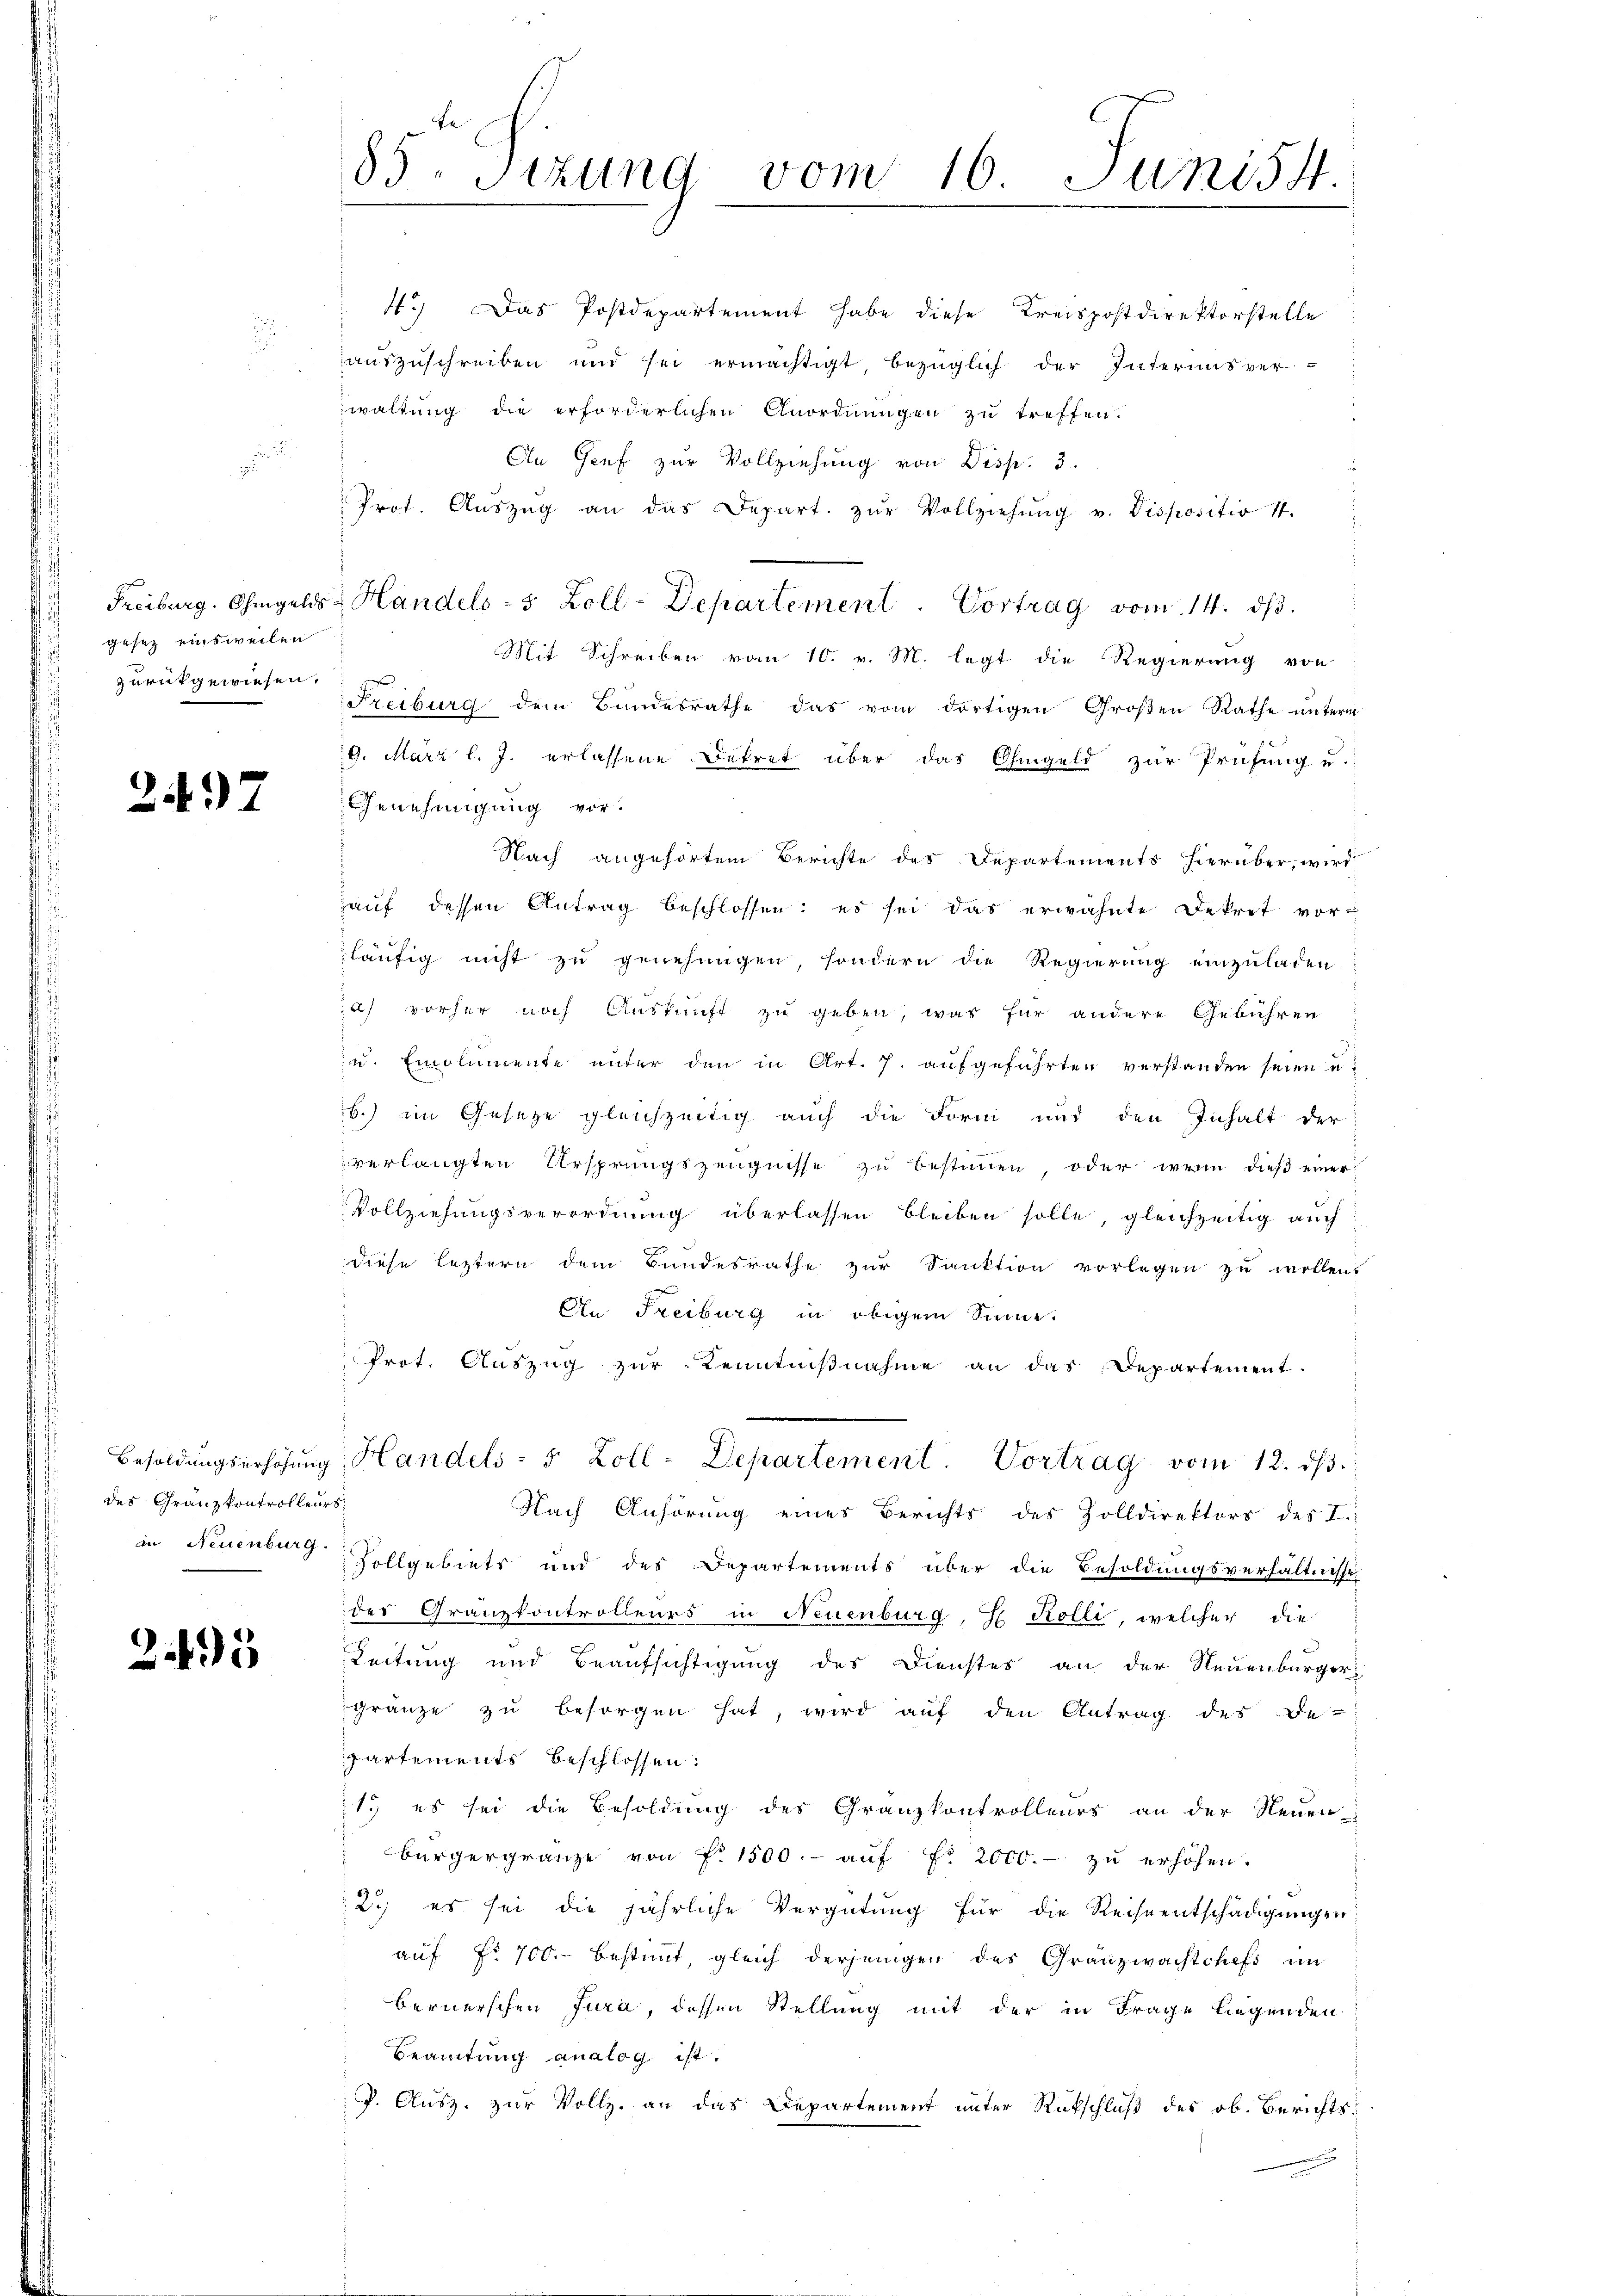
Freiburg. Ohmgelds
gesetz einsweilen
zurückgewiesen.

2497

des Granzkontrolleurs
in Neuenburg.

2.495

85. Sitzung vom 16. Juni 54.
e

4.) Das Postdepartement habe diese Kreispostdirektorstelle
auszuschreiben und sei ermächtigt, bezüglich der Interausver-
waltŭng die erforderlichen Anordnŭngen zŭ treffen.
An Genf zur Vollziehung von Disp. 3
Prot. Aŭszŭg an das Depart. zŭr Vollziehŭng v. Dispositiv 4.
 Handels- 5 Zoll-Departement. Vortrag vom 14. ds.
Mit Schreiben vom 10. v. M. legt die Regierung von
Freiburg dem Bundesrathe das vom dortigen Großen Rathe unterm
9. März l. J. erlassene Dekret über das Ohmgeld zur Prüfung u.
Genehmigung vor.
Nach angehörtem Berichte des Departements hierüber, wird
auf dessen Antrag beschlossen: es sei das erwähnte Dekret vorläufig nicht zu genehmigen, sondern die Regierung einzuladen
ah vorher noch Auskunft zu geben, was für andere Gebühren
zu. Emolumente unter den in Art. 7. aufgeführten verstanden seien u.
.) im Geseze gleichzeitig auch die Form und den Inhalt der
verlangten Ursprungszeugnisse zu bestimmen oder wenn dieß einer
Vollziehungsverordnung überlassen bleiben solle, gleichzeitig auch
diese leztern dem Bundesrathe zŭr Sanktion vorlegen zŭ wollen.
An Freiburg in obigem Sinne.
Prot. Auszug zur Kenntnißnahme an das Departement.
Besoldungserhöhung Handels- 5 Zoll-Departement. Vortrag vom 12. ds.
Nach Anhörung eines Berichts des Zolldirektors des I.
Vollgebiets und des Departements über die Besoldungsverhältnisse
des Granzkontrolleurs in Neuenburg, S. Kolle, welcher die
Leitung und Beaufsichtigung des Dienstes an der Neuenburger
gränze zu besorgen hat, wird auf den Antrag des De-
partements beschlossen:
1.) es sei die Besoldung des Granzkontrolleurs an der Neuen-
bürgergränze von Fr. 1500.- aŭf Fr. 2000.- zu erhöhen.
2.) es sei die jährliche Vergütung für die Reiseentschädigungen
auf No 700.- bestimmt, gleich derjenigen des Granzwachtchefs in
Bernerschen Jura, dessen Stellung mit der in Frage liegenden
Beamtung analog ist.
P. Ausz. zur Vollz, an das Departement unter Rückschluß des ob. Berichts¬